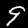
Label: 9